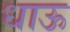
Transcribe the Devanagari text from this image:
धाऊ